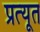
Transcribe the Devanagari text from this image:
प्रत्यूत